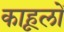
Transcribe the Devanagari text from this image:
काहूलों